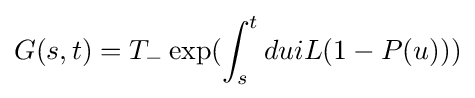
G(s,t)=T_{-}\exp(\int _{s}^{t}duiL(1-P(u)))